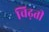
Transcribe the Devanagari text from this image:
चिढ़ती